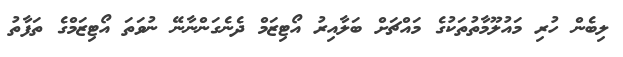
ލިބެން ހުރި މައުލޫމާތުތަކުގެ މައްޗަށް ބަލާއިރު އޯޓިޒަމް ދެނެގަންނާނޭ ނުވަތަ އޯޓިޒަމްގެ ތަފާތު